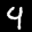
Label: 4